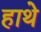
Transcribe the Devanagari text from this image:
हाथे